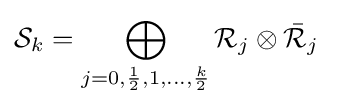
{\mathcal {S}}_{k}=\bigoplus _{j=0,{\frac {1}{2}},1,\dots ,{\frac {k}{2}}}{\mathcal {R}}_{j}\otimes {\bar {\mathcal {R}}}_{j}\